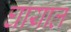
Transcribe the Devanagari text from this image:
घायाल